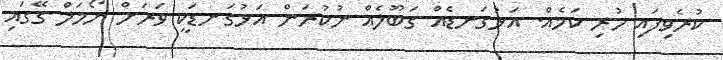
ކުރެވިފައި ހުރި ކަމެއް. އަޅުގަނޑެއް ގަބޫލެއް ނުކުރަން އަޅުގަނޑަކީ ވަރަށް ނޯމަލް ގޭގައި